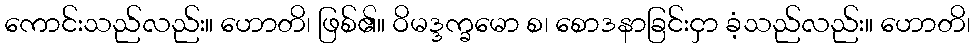
ကောင်းသည်လည်း။ ဟောတိ၊ ဖြစ်၏။ ဝိမဒ္ဒက္ခမော စ၊ စောဒနာခြင်းငှာ ခံ့သည်လည်း။ ဟောတိ၊